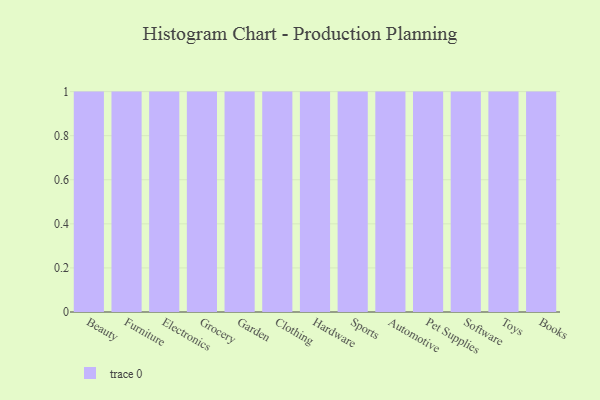
{"axis": {"x": "Category", "y": "Bounce Rate (%)"}, "legend": [""], "data": [{"x": "Beauty", "y": 30, "type": ""}, {"x": "Furniture", "y": 36, "type": ""}, {"x": "Electronics", "y": 69, "type": ""}, {"x": "Grocery", "y": 56, "type": ""}, {"x": "Garden", "y": 35, "type": ""}, {"x": "Clothing", "y": 52, "type": ""}, {"x": "Hardware", "y": 20, "type": ""}, {"x": "Sports", "y": 97, "type": ""}, {"x": "Automotive", "y": 9, "type": ""}, {"x": "Pet Supplies", "y": 81, "type": ""}, {"x": "Software", "y": 50, "type": ""}, {"x": "Toys", "y": 90, "type": ""}, {"x": "Books", "y": 46, "type": ""}]}